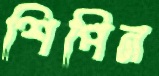
শিপিন